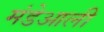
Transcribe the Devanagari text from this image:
मंडेआली